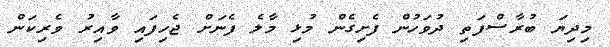
މިދިޔަ ބުރާސްފަތި ދުވަހުން ފެށިގެން މުޅި މާލެ ފެނަށް ޖެހިފައި ވާއިރު ވެރިކަން